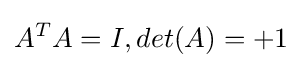
A^{T}A=I,det(A)=+1